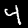
Label: 4